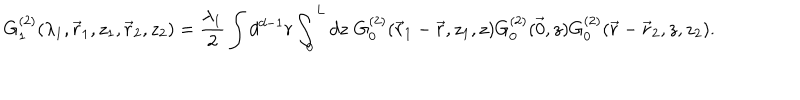
G _ { 1 } ^ { ( 2 ) } ( \lambda _ { 1 } , \vec { r } _ { 1 } , z _ { 1 } , \vec { r } _ { 2 } , z _ { 2 } ) = \frac { \lambda _ { 1 } } { 2 } \int { } d ^ { d - 1 } r \int _ { 0 } ^ { L } d z \, \, G _ { 0 } ^ { ( 2 ) } ( \vec { r } _ { 1 } - \vec { r } , z _ { 1 } , z ) G _ { 0 } ^ { ( 2 ) } ( \vec { 0 } , z ) G _ { 0 } ^ { ( 2 ) } ( \vec { r } - \vec { r } _ { 2 } , z , z _ { 2 } ) .